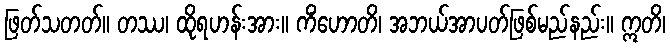
ဖြတ်သတတ်။ တဿ၊ ထိုရဟန်းအား။ ကိံဟောတိ၊ အဘယ်အာပတ်ဖြစ်မည်နည်း။ ဣတိ၊